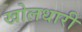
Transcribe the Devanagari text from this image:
खोलधारी